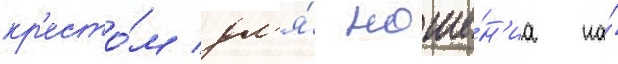
кр'есто́м дл'я́ ноше́н'иа на́